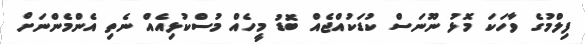
ފިލްމުގެ ވާހަކަ މޮޅު ނޫނަސް ކުޑަކުއްޖެއް ބޮޑު މީހެއް މުސްކުޅިއެއް ނެތި އެންމެންނަށް